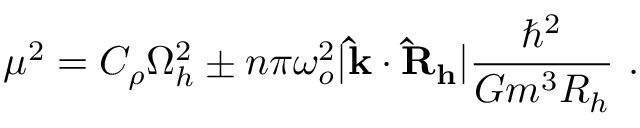
\mu ^ { 2 } = C _ { \rho } \Omega _ { h } ^ { 2 } \pm n \pi \omega _ { o } ^ { 2 } \vert \mathbf { \hat { k } } \cdot \mathbf { \hat { R } _ { h } } \vert \frac { \hbar ^ { 2 } } { G m ^ { 3 } R _ { h } } \ .